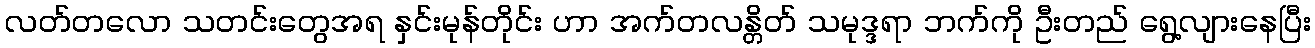
လတ်တလော သတင်းတွေအရ နှင်းမုန်တိုင်း ဟာ အက်တလန္တိတ် သမုဒ္ဒရာ ဘက်ကို ဦးတည် ရွေ့လျားနေပြီး